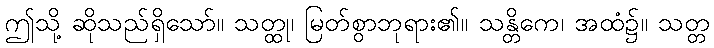
ဤသို့ ဆိုသည်ရှိသော်။ သတ္ထု၊ မြတ်စွာဘုရား၏။ သန္တိကေ၊ အထံ၌။ သတ္တ